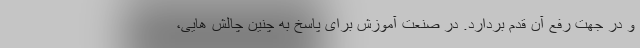
و در جهت رفع آن قدم بردارد. در صنعت آموزش برای پاسخ به چنین چالش هایی،